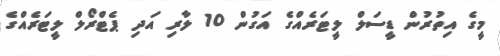
މީގެ އިތުރުން ޑީސަލް ލީޓަރެއްގެ އަގުން 10 ލާރި އަދި ޕެޓްރޯލް ލީޓަރެއްގެ